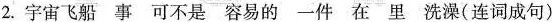
2.宇宙飞船事可不是容易的-件在里洗澡(连词成句)